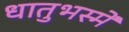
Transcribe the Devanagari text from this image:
धातुभस्में